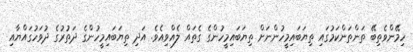
ހިމޭންވެތިބޭ ތަންތަންކަމުގައި ތިޔަބައިމީހުންނަށް ތިޔަބައިމީހުންގެ ގެތައް ލެއްވިއެވެ. އަދި ތިޔަބައިމީހުންގެ ދަތުރުގެ ދުވަހުގައްޔާއި